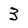
Character: 3